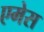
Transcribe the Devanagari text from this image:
एमेस